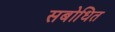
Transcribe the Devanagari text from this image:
सबोधित